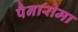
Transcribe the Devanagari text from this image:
पैनारोमा